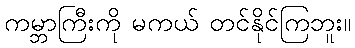
ကမ္ဘာကြီးကို မကယ် တင်နိုင်ကြဘူး။